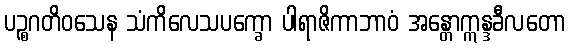
ပဉ္စဂတိဝသေန သံကိလေသပက္ခော ပါရာဇိကာဘာဝံ အန္တောဣန္ဒခီလတော